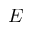
E